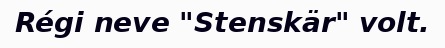
Régi neve "Stenskär" volt.